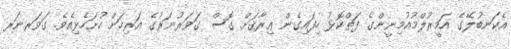
އެކަނބުލޭގެ އަމީރުލްމުއުމިނީންގެ ފަތްކޮޅު ހިފައިގެން ޢިރާޤަށް ގޮސް ގަވަރުނަރުގެ އަރިހަށް ހުށަހެޅިއެވެ. ގަވަރނަރ